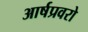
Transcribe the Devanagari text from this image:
आर्षप्रवरो